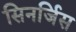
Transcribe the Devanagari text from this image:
सिनर्जिस